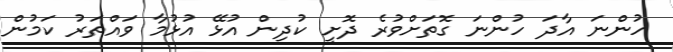
ހުންނަ އާދަ ހުންނަ ގޮތަށްވުރެ ދޮށީ ކުދިން އުޅޭ އުޅުމާ ވައްތަރު ކަމުން